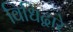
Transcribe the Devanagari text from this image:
विधिद्वारे